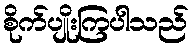
စိုက်ပျိုးကြပါသည်